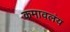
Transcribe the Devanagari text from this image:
कमावलंय